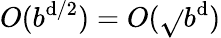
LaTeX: O(b^{\mathrm{d}/2})=O({\sqrt{}{{b^{\mathrm{d}}}}})